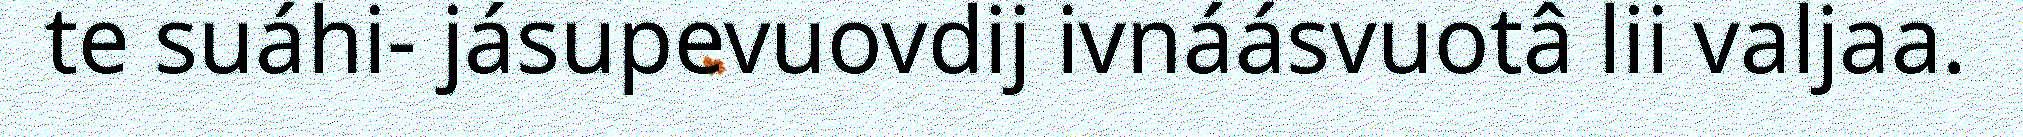
te suáhi- jásupevuovdij ivnáásvuotâ lii valjaa.